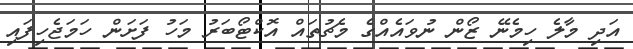
އަދި މާލެ ހިމެނޭ ޒޯން ނުވައެއްގެ މެޗުތައް އޮކްޓޯބަރު މަހު ފަށަން ހަމަޖެހިފައި